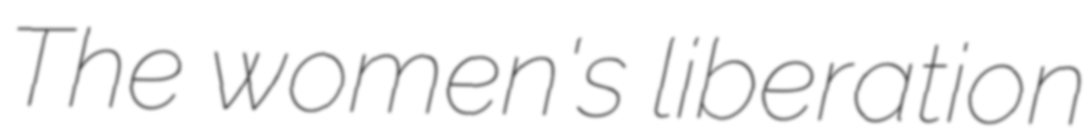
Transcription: The women's liberation